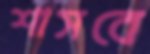
শাসবে